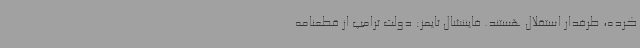
کرده، طرفدار استقلال هستند. فایننشال تایمز: دولت ترامپ از قطعنامه